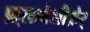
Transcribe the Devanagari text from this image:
फ़्लाबेलीफ़ेर्